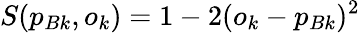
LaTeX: S(p_{Bk},o_{k})=1-2(o_{k}-p_{Bk})^{2}